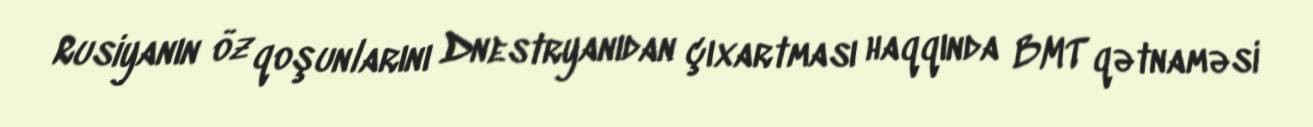
Rusiyanın öz qoşunlarını Dnestryanıdan çıxartması haqqında BMT qətnaməsi